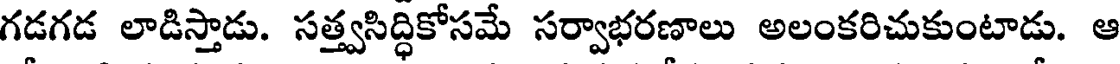
గడగడ లాడిస్తాడు. సత్త్వసిద్ధికోసమే సర్వాభరణాలు అలంకరిచుకుంటాడు. ఆ